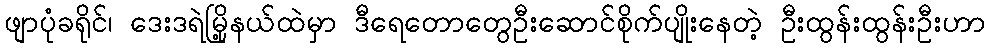
ဖျာပုံခရိုင်၊ ဒေးဒရဲမြို့နယ်ထဲမှာ ဒီရေတောတွေဦးဆောင်စိုက်ပျိုးနေတဲ့ ဦးထွန်းထွန်းဦးဟာ